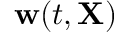
\mathbf { w } ( t , \mathbf { X } )